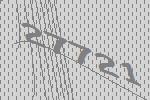
27721